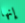
إنها